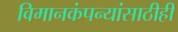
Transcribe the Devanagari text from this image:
विमानकंपन्यांसाठीही